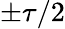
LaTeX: \pm\tau/2